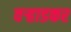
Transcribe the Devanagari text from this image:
वर्‍हाडकर